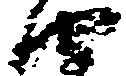
由